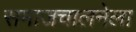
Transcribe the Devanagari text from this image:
समाजचालनेला